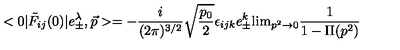
< 0 | \tilde { F } _ { i j } ( 0 ) | e _ { \pm } ^ { \lambda } , { \vec { p } } > = - { \frac { i } { ( 2 \pi ) ^ { 3 / 2 } } } \sqrt { \frac { p _ { 0 } } { 2 } } \epsilon _ { i j k } e _ { \pm } ^ { k } \mathrm { l i m } _ { p ^ { 2 } \rightarrow 0 } { \frac { 1 } { 1 - \Pi ( p ^ { 2 } ) } }